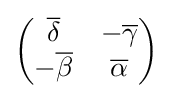
{\begin{pmatrix}{\overline {\delta }}&-{\overline {\gamma }}\\-{\overline {\beta }}&{\overline {\alpha }}\end{pmatrix}}